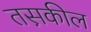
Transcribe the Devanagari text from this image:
तस़कील